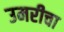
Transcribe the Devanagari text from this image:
उमरीचा